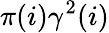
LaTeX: \pi(i)\gamma^{2}(i)